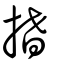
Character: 搘